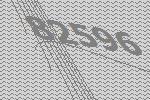
82596